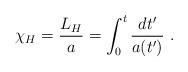
LaTeX: \begin{align*}\chi_H = {L_H\over a} = \int^t_0 {dt'\over a(t')} \ .\end{align*}